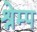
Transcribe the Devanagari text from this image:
श्रेम्प